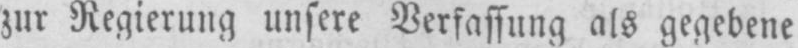
zur Regierung unsere Verfassung als gegebene